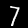
Label: 7